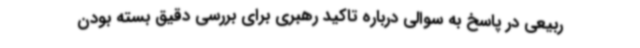
ربیعی در پاسخ به سوالی درباره تاکید رهبری برای بررسی دقیق بسته بودن